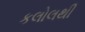
કલોલથી